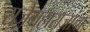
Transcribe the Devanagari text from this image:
राजेमहाराजांचा